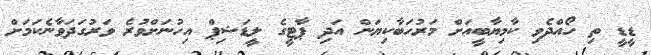
ޑީޑީ ތި ހޯއްދެވި ކާމިޔާބީއަށް މަރުހަބާކިޔަން އަދި ޕާޓީގެ ލީޑަޝިޕް އިހުނަށްވުރެ ވަރުގަދަވާނެކަމަށް